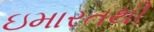
ઇમારતથી